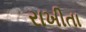
રાખીતા